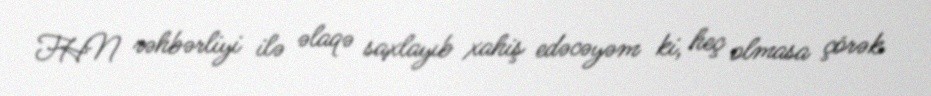
FHN rəhbərliyi ilə əlaqə saxlayıb xahiş edəcəyəm ki, heç olmasa çörək